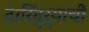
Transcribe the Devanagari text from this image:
दारिद्‌र्‍याची